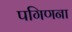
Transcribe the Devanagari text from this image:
पगिणना